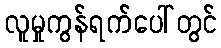
လူမှုကွန်ရက်ပေါ်တွင်